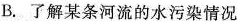
B.了解某条河流的水污染情况